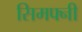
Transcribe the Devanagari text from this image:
सिमफ्नी